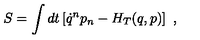
S = \int d t \left[ \dot { q } ^ { n } p _ { n } - H _ { T } ( q , p ) \right] \ ,